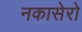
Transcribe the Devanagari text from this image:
नकासेरो